Vaccination in the Punjab 1905-1918 - 1905-1918
Year: 1905
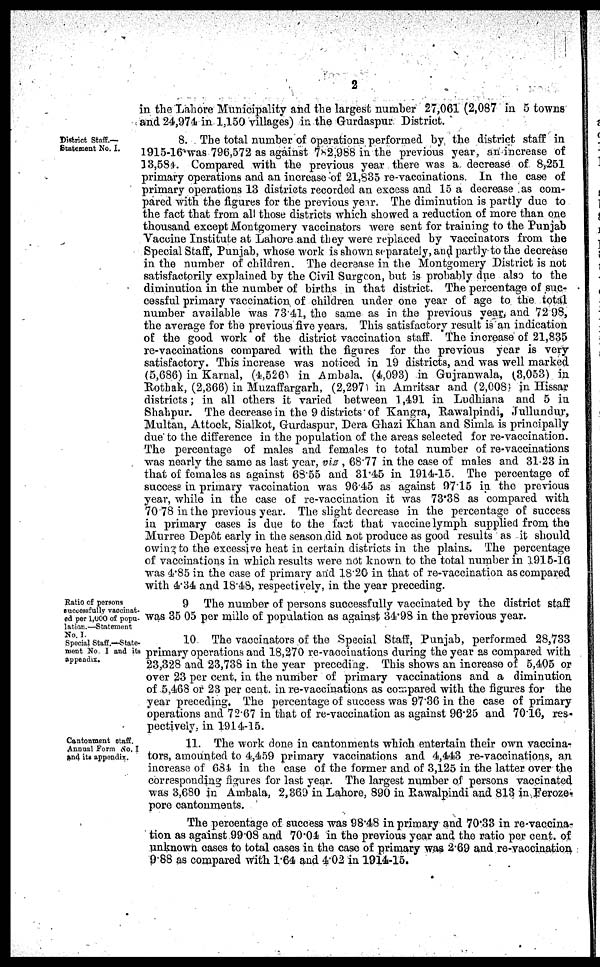
2
in the Lahore Municipality and the largest number 27,061 (2,087 in 5 towns
and 24,974 in 1,150 villages) in the Gurdaspur District.
District Staff.—
Statement No. I.
8. The total number of operations performed by the district staff in
1915-16 was 796,572 as against 782,988 in the previous year, an increase of
13,584. Compared with the previous year there was a decrease of 8,251
primary operations and an increase of 21,835 re-vaccinations In the case of
primary operations 13 districts recorded an excess and 15 a decrease as com-
pared with the figures for the previous year. The diminution is partly due to
the fact that from all those districts which showed a reduction of more than one
thousand except Montgomery vaccinators were sent for training to the Punjab
Vaccine Institute at Lahore and they were replaced by vaccinators from the
Special Staff, Punjab, whose work is shown separately, and partly to the decrease
in the number of children. The decrease in the Montgomery District is not
satisfactorily explained by the Civil Surgeon, but is probably due also to the
diminution in the number of births in that district. The percentage of suc-
cessful primary vaccination of children under one year of age to the total
number available was 73.41, the same as in the previous year, and 72 98,
the average for the previous five years. This satisfactory result is an indication
of the good work of the district vaccination staff The increase of 21,835
re-vaccinations compared with the figures for the previous year is very
satisfactory. This increase was noticed in 19 districts, and was well marked
(5,686) in Karnal, (4,526) in Ambala. (4,093) in Gujranwala, (3,053) in
Rothak, (2,366) in Muzaffargarh, (2,297) in Amritsar and (2,008) in Hissar
districts; in all others it varied between 1,491 in Ludhiana and 5 in
Shahpur. The decrease in the 9 districts of Kangra, Rawalpindi, Jullundur,
Multan, Attock, Sialkot, Gurdaspur, Dera Ghazi Khan and Simla is principally
due to the difference in the population of the areas selected for re-vaccination.
The percentage of males and females to total number of re-vaccinations
was nearly the same as last year, viz , 68.77 in the case of males and 31.23 in
that of females as against 68.55 and 31.45 in 1914-15. The percentage of
success in primary vaccination was 96.45 as against 97.15 in the previous
year, while in the case of re-vaccination it was 73.38 as compared with
70 78 in the previous year. The slight decrease in the percentage of success
in primary cases is due to the fact that vaccine lymph supplied from the
Murree Depôt early in the season did not produce as good results as it should
owing to the excessive heat in certain districts in the plains. The percentage
of vaccinations in which results were not known to the total number in 1915-16
was 4.85 in the case of primary and 18.20 in that of re-vaccination as compared
with 4.34 and 18.48, respectively, in the year preceding.
Ratio of persons
successfully vaccinat-
ed per 1,000 of popu-
lation.—Statement
No. I.
9 The number of persons successfully vaccinated by the district staff
was 35 05 per mille of population as against 34.98 in the previous year.
Special Staff.—State-
ment No I and its
appendix.
10 The vaccinators of the Special Staff, Punjab, performed 28,733
primary operations and 18,270 re-vaccinations during the year as compared with
23,328 and 23,738 in the year preceding. This shows an increase of 5,405 or
over 23 per cent. in the number of primary vaccinations and a diminution
of 5,468 or 23 per cent. in re-vaccinations as compared with the figures for the
year preceding. The percentage of success was 97.36 in the case of primary
operations and 72.67 in that of re-vaccination as against 96.25 and 70.16, res-
pectively, in 1914-15.
Cantonment staff.
Annual Form No. I
and its appendix.
11. The work done in cantonments which entertain their own vaccina-
tors, amounted to 4,459 primary vaccinations and 4,443 re-vaccinations, an
increase of 684 in the case of the former and of 3,125 in the latter over the
corresponding figures for last year. The largest number of persons vaccinated
was 3,680 in Ambala, 2,369 in Lahore, 890 in Rawalpindi and 813 in Feroze-
pore cantonments.
The percentage of success was 98.48 in primary and 70.33 in re-vaccina-
tion as against 99.08 and 70.04 in the previous year and the ratio per cent. of
unknown cases to total cases in the case of primary was 2.69 and re-vaccination
9.88 as compared with 1.64 and 4.02 in 1914-15.